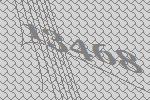
13468